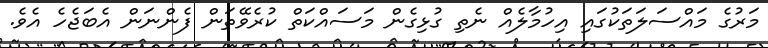
މަރުގެ މައްސަލަތަކުގައި އިހުމާލެއް ނެތި ގުޅިގެން މަސައްކަތް ކުރެވޭތަން ފެންނަން އެބަޖެހެ އެވެ.